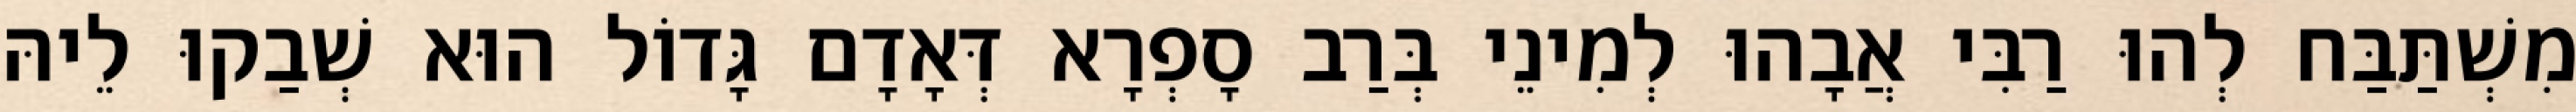
מִשְׁתַּבַּח לְהוּ רַבִּי אֲבָהוּ לְמִינֵי בְּרַב סָפְרָא דְּאָדָם גָּדוֹל הוּא שְׁבַקוּ לֵיהּ